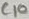
Text: C10